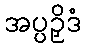
အပ္ပဉှိဒံ